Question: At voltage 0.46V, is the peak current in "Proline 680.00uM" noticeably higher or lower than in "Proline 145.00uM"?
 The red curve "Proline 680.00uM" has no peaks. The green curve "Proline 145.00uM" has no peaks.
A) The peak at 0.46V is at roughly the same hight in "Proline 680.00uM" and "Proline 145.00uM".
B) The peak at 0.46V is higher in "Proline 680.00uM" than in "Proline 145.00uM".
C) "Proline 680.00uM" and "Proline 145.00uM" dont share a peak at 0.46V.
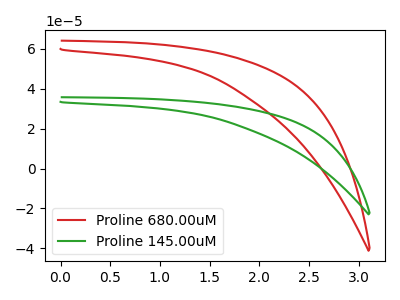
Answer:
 <answer>C) "Proline 680.00uM" and "Proline 145.00uM" dont share a peak at 0.46V.</answer>
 <eval>C</eval>